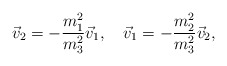
\begin{align*}\vec{v}_2 =-\frac{m^2_1}{m^2_3}\vec{v}_1,\quad\vec{v}_1 =-\frac{m^2_2}{m^2_3}\vec{v}_2,\end{align*}